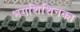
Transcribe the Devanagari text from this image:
भगशिशिनका